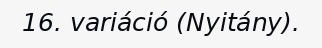
16. variáció (Nyitány).